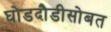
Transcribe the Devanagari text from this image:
घोडदौडीसोबत